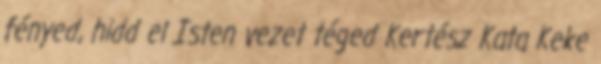
fényed, hidd el Isten vezet téged Kertész Kata Keke